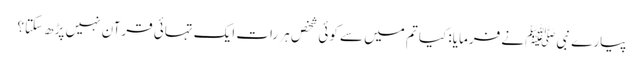
پیارے نبی ﷺنے فرمایا: کیا تم میں سے کوئی شخص ہر رات ایک تہائی قرآن نہیں پڑھ سکتا؟